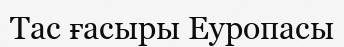
Тас ғасыры Еуропасы